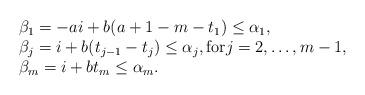
LaTeX: \begin{align*} \begin{array}{l}\beta_1=-ai+b(a+1-m-t_1) \leq \alpha_1,\\\beta_j=i+b(t_{j-1}-t_j) \leq \alpha_j , \mbox{for} j=2,\ldots,m-1, \\\beta_m=i+bt_m\leq \alpha_m.\end{array}\end{align*}